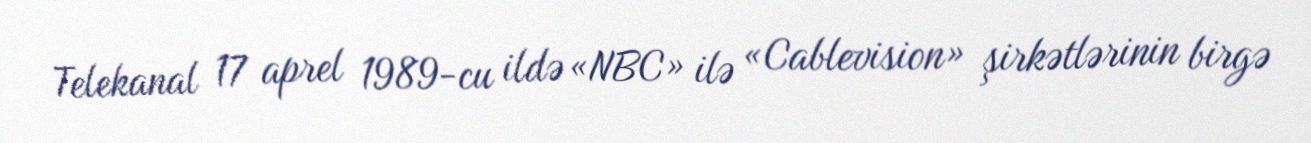
Telekanal 17 aprel 1989-cu ildə «NBC» ilə «Cablevision» şirkətlərinin birgə